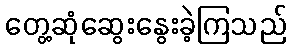
တွေ့ဆုံဆွေးနွေးခဲ့ကြသည်